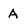
Character: A